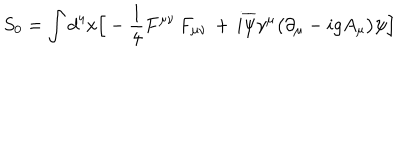
S _ { 0 } = \int d ^ { 4 } x \Big [ - { \frac { 1 } { 4 } } F ^ { \mu \nu } \, F _ { \mu \nu } \, + \, i \overline { { \psi } } \gamma ^ { \mu } \big ( \partial _ { \mu } - i g A _ { \mu } \big ) \psi \Big ]